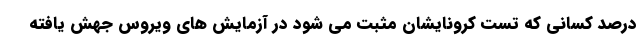
درصد کسانی که تست کرونایشان مثبت می شود در آزمایش های ویروس جهش یافته